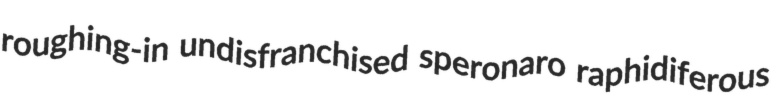
roughing-in undisfranchised speronaro raphidiferous